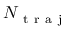
N _ { \mathrm { ~ t ~ r ~ a ~ j ~ } }